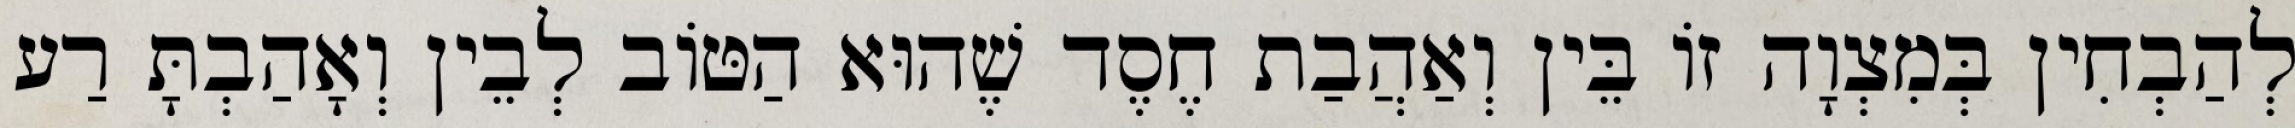
לְהַבְחִין בְּמִצְוָה זוֹ בֵּין וְאַהֲבַת חֶסֶד שֶׁהוּא הַטּוֹב לְבֵין וְאָהַבְתָּ רַע